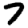
Digit: 7